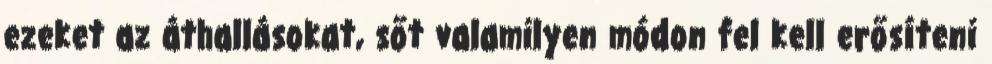
ezeket az áthallásokat, sőt valamilyen módon fel kell erősíteni